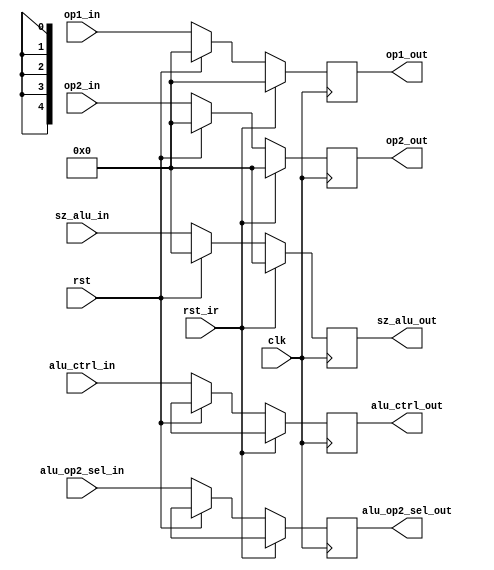
module ir_alu(input clk,
    input rst_ir,
	 input rst,
    input [4:0] alu_ctrl_in,
	 input alu_op2_sel_in,
	 input [31:0] op1_in,
	 input [31:0]op2_in,
	 input [31:0] sz_alu_in,
    output [4:0] alu_ctrl_out,
	 output alu_op2_sel_out,
	 output [31:0] op1_out,
	 output [31:0] op2_out,
	 output [31:0] sz_alu_out
    );
		
	reg [4:0] alu_ctrl_reg;
	reg alu_op2_sel_reg;
	reg [31:0] op1_reg;
	reg [31:0] op2_reg;
	reg [31:0] sz_alu_reg;
	
	assign alu_ctrl_out=alu_ctrl_reg; 
	assign alu_op2_sel_out=alu_op2_sel_reg;
	assign op1_out=op1_reg;
	assign op2_out=op2_reg;
	assign sz_alu_out=sz_alu_reg;
	
	always@(posedge clk)
	begin
		if(rst_ir)
		begin
			alu_ctrl_reg<=5'bx;
			alu_op2_sel_reg<=1'bx;
			op1_reg<=32'b0;
			op2_reg<=32'b0;
			sz_alu_reg<=32'b0;
		end
		
		else if(rst)
		begin
			alu_ctrl_reg<=5'bx;
			alu_op2_sel_reg<=1'bx;
			op1_reg<=32'b0;
			op2_reg<=32'b0;
			sz_alu_reg<=32'b0;
		end
		else
		begin
			alu_ctrl_reg<=alu_ctrl_in;
			alu_op2_sel_reg<=alu_op2_sel_in;
			op1_reg<=op1_in;
			op2_reg<=op2_in;
			sz_alu_reg<=sz_alu_in;
		end	
	end
endmodule